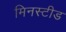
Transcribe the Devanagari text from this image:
मिनस्टीड